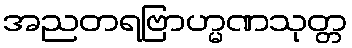
အညတရဗြာဟ္မဏသုတ္တ